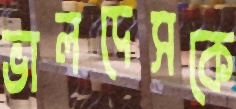
ভালদেসকে